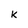
Character: k